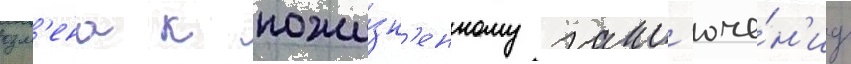
озм'ена к пожи́зн'енному закл'юче́н'иу